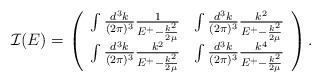
LaTeX: \begin{align*}{\bf {\cal I}}(E)=\left( \begin{array}{cc} \int \frac{d^3k}{(2 \pi)^3} \frac{1}{E^+ - \frac{k^2}{2 \mu}} & \int \frac{d^3k}{(2 \pi)^3} \frac{k^2}{E^+ - \frac{k^2}{2 \mu}}\\\int \frac{d^3k}{(2 \pi)^3} \frac{k^2}{E^+ - \frac{k^2}{2 \mu}} & \int \frac{d^3k}{(2 \pi)^3} \frac{k^4}{E^+ - \frac{k^2}{2 \mu}}\end{array} \right).\end{align*}